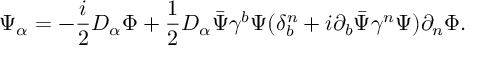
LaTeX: \Psi _ { \alpha } = - { \frac { i } { 2 } } D _ { \alpha } \Phi + { \frac { 1 } { 2 } } D _ { \alpha } \bar { \Psi } \gamma ^ { b } \Psi ( \delta _ { b } ^ { n } + i \partial _ { b } \bar { \Psi } \gamma ^ { n } \Psi ) \partial _ { n } \Phi .